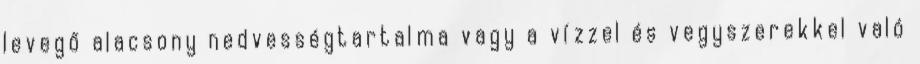
levegő alacsony nedvességtartalma vagy a vízzel és vegyszerekkel való